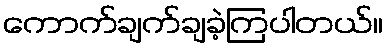
ကောက်ချက်ချခဲ့ကြပါတယ်။